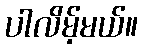
ပါလိမ့်မယ်။